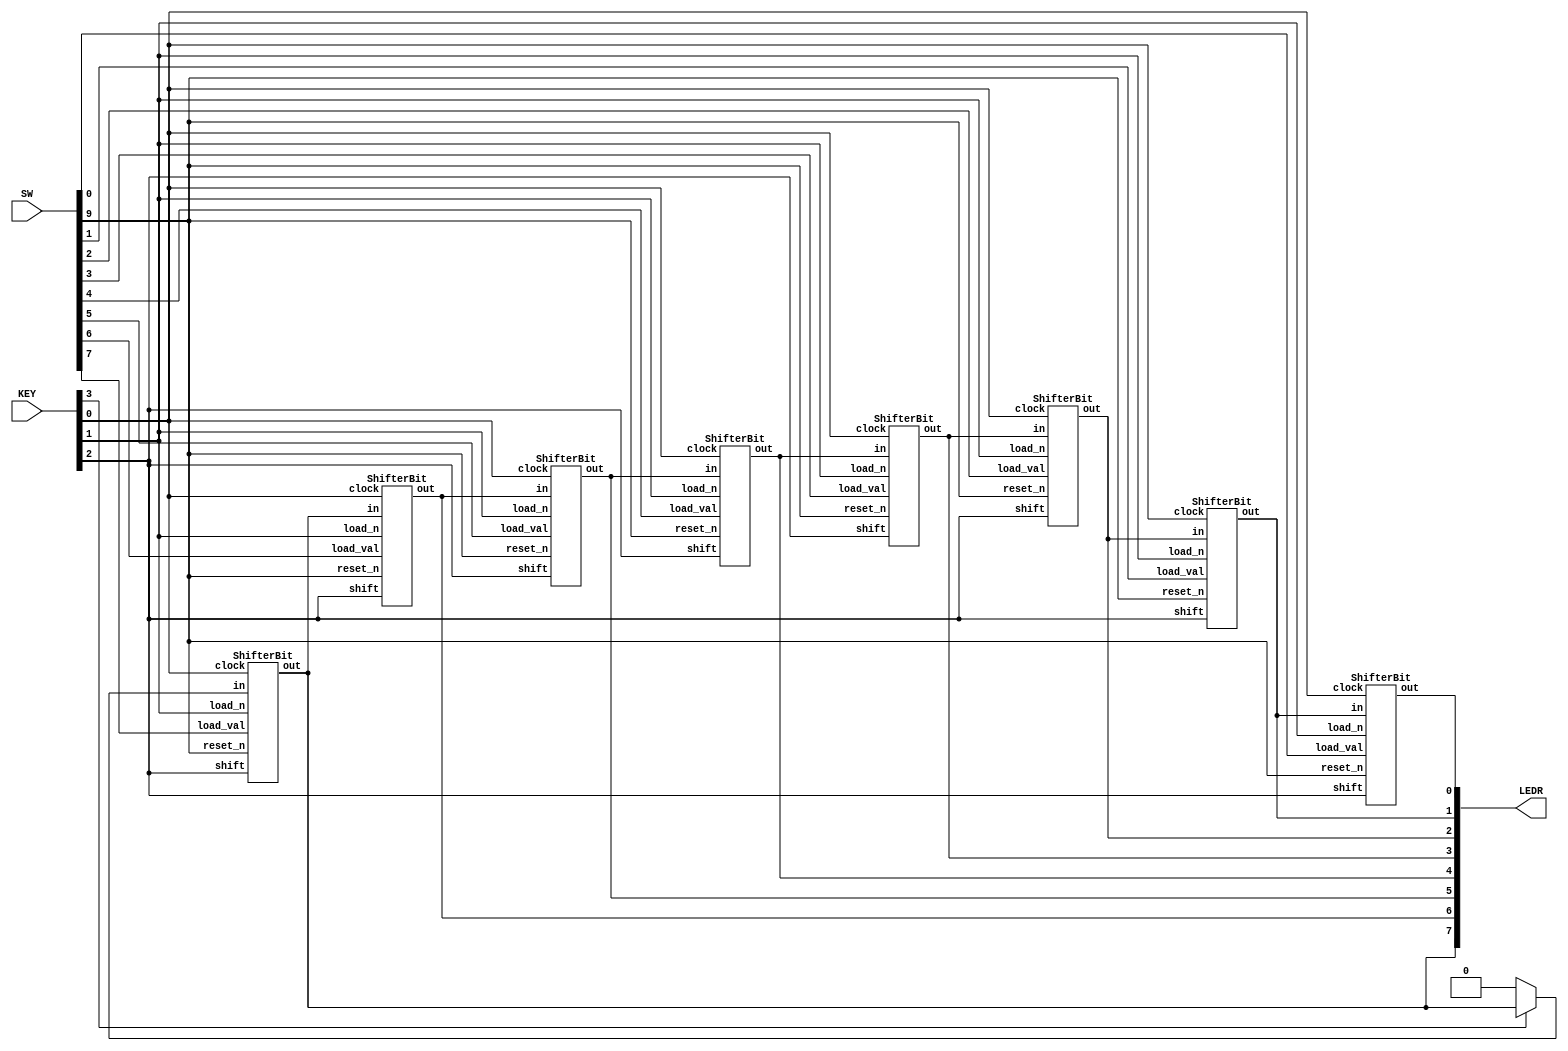
//SW[7:0] data inputs
//KEY[2:0] function inputs

//LEDR[7:0] outputs SW[7:0] in binary
//HEX[6:0] outputs variety of things

module shifter(LEDR, SW, KEY);
    input [9:0] SW;
    input [3:0] KEY;
    output [9:0] LEDR;
    wire [7:0] LoadVal, Q;
    wire clock, Load_n, ShiftRight, ASR, reset_n;
    reg left_input;

    assign LoadVal[7:0] = SW[7:0];
    assign reset_n = SW[9];
    assign clock = KEY[0];
    assign Load_n = KEY[1];
    assign ShiftRight = KEY[2];
    assign ASR = KEY[3];

    always @(*)
    begin
	if (ASR == 1'b0)//Add 0's as input
            left_input <= 1'b0;
	else//Sign extension as input
            left_input <= Q[7];
    end

    ShifterBit s7(.load_val(LoadVal[7]), .in(left_input), .shift(ShiftRight), .load_n(Load_n), .clock(clock), .reset_n(reset_n), .out(Q[7]));
    ShifterBit s6(.load_val(LoadVal[6]), .in(Q[7]), .shift(ShiftRight), .load_n(Load_n), .clock(clock), .reset_n(reset_n), .out(Q[6]));
    ShifterBit s5(.load_val(LoadVal[5]), .in(Q[6]), .shift(ShiftRight), .load_n(Load_n), .clock(clock), .reset_n(reset_n), .out(Q[5]));
    ShifterBit s4(.load_val(LoadVal[4]), .in(Q[5]), .shift(ShiftRight), .load_n(Load_n), .clock(clock), .reset_n(reset_n), .out(Q[4]));
    ShifterBit s3(.load_val(LoadVal[3]), .in(Q[4]), .shift(ShiftRight), .load_n(Load_n), .clock(clock), .reset_n(reset_n), .out(Q[3]));
    ShifterBit s2(.load_val(LoadVal[2]), .in(Q[3]), .shift(ShiftRight), .load_n(Load_n), .clock(clock), .reset_n(reset_n), .out(Q[2]));
    ShifterBit s1(.load_val(LoadVal[1]), .in(Q[2]), .shift(ShiftRight), .load_n(Load_n), .clock(clock), .reset_n(reset_n), .out(Q[1]));
    ShifterBit s0(.load_val(LoadVal[0]), .in(Q[1]), .shift(ShiftRight), .load_n(Load_n), .clock(clock), .reset_n(reset_n), .out(Q[0]));

    assign LEDR[7:0] = Q[7:0];

endmodule


module ShifterBit(load_val, in, shift, load_n, clock, reset_n, out);
input load_val, in, shift, load_n, clock, reset_n;
output out;
wire data_from_other_mux, data_to_dff;

mux2to1 m1(.x(out), .y(in), .s(shift), .m(data_from_other_mux));
mux2to1 m2(.x(load_val), .y(data_from_other_mux), .s(load_n), .m(data_to_dff));
flipflop f0(.d(data_to_dff), .q(out), .clock(clock), .reset_n(reset_n));

endmodule

module flipflop(d, q, clock, reset_n);
    input d, clock, reset_n;
    output reg q;

    always @(posedge clock)
    begin  
        if (reset_n == 1'b0)
	    q <= 0;
        else
	    q <= d;
    end
endmodule

module mux2to1(x, y, s, m);
	input x;	//selected when s is 0
	input y;	//selected when s is 1
	input s;	//select signal
	output m;	//output
	
	assign m = s ? y : x;
endmodule